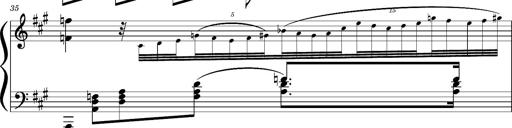
Title: Concerto sans orchestre, S.524a
Composer: Franz Liszt
Key: A major